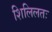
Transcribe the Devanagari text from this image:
शिलिलतः